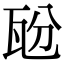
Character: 瓰